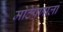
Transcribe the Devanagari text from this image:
मोठेपणाला